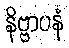
နိဗ္ဗာပနံ